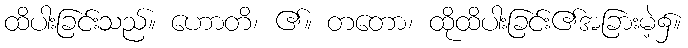
ထိပါးခြင်းသည်။ ဟောတိ၊ ၏။ တတော၊ ထိုထိပါးခြင်း၏အခြားမဲ့၌။